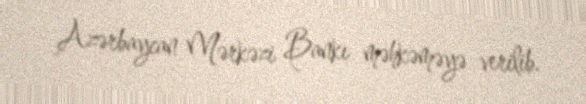
Azərbaycan Mərkəzi Bankı məhkəməyə verilib.